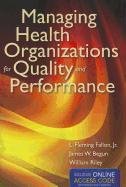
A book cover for Managing Health Organizations For Quality And Performance; L. Fleming Fallon Jr.; Medical Books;